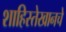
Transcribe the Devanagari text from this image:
शाहिस्तेखानचे